system: You are a helpful assistant.
user:
Analyze the provided spectrum to determine if it is a **"Cataclysmic Variables (CV)"**.

- **Key Indicators for CV (Check for either state):**
    - **State 1: Quiescent / Low-State (Emission-Dominated)**
        - **(Primary):** Strong and *very broad* Hydrogen Balmer emission lines (e.g., $H\alpha$ at 6563 Å, $H\beta$ at 4861 Å). The 'broadness' (high velocity dispersion, often FWHM > 1000 km/s) is the key diagnostic, indicating a high-velocity accretion disk.
        - **(Secondary):** Broad neutral Helium (He I) emission lines (e.g., 5876 Å, 6678 Å).
        - **(Key Confirmation):** Presence of high-excitation *ionized* Helium (He II) emission at 4686 Å. This is a strong indicator of accretion onto a white dwarf.
        - **(Line Profile):** Emission lines may exhibit a 'double-peaked' profile, which is a classic signature of a rotating accretion disk viewed at high inclination.

    - **State 2: Outburst / High-State (Absorption-Dominated)**
        - **(Primary):** Spectrum is dominated by a bright, blue continuum (looks like a hot star).
        - **(Secondary):** The emission lines from State 1 are weak, absent, or 'filled in', and are replaced by broad, shallow *absorption* lines (primarily Balmer and He I).
        - **(Morphology):** The overall spectrum mimics a hot B/A-type star. The crucial difference is that the absorption lines are significantly broader, shallower, and more 'washed-out' (or 'smeared') than the sharp lines of a normal stellar photosphere, due to high rotational speeds and pressure broadening in the disk.

Think first, call **spectral_visualization_tool** if needed to examine features in detail, then provide your final answer. Your response must adhere to the following strict rules:
1.  **Overall Structure:** Your response must follow the format `<think>...</think> <tool_call>...</tool_call> (if a tool is used) <answer>...</answer>`.
2.  **Tool Usage Constraint:** You may only make **one** tool call per turn.
3.  **Final Answer Format:** In the `<answer>` tag, your conclusion must be inside a `\boxed{}` command (e.g., `\boxed{YES}`), followed by your justification.

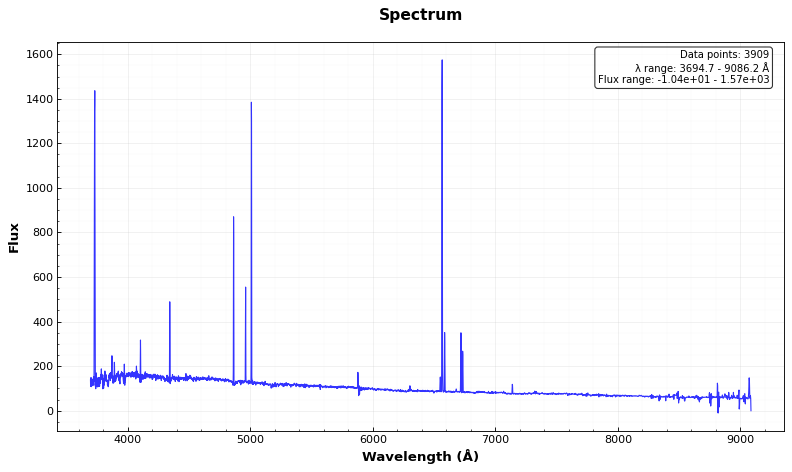
Answer: NO